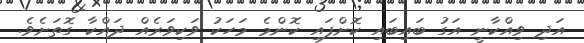
އަދި ވިއްކާނީ އަގު ބައިބައި ކޮށްފައި ކޮންމެ މަހަކު ވަކިވަރެއް ދައްކާ ގޮތަށެވެ.